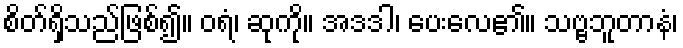
စိတ်ရှိသည်ဖြစ်၍။ ဝရံ၊ ဆုကို။ အဒဒါ၊ ပေးလေ၏။ သဗ္ဗဘူတာနံ၊